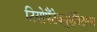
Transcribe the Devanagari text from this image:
टियोपैंटेक्युएंनिट्लन